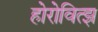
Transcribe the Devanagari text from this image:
होरोवित्झ